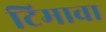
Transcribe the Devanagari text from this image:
टिमावा